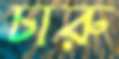
চারু